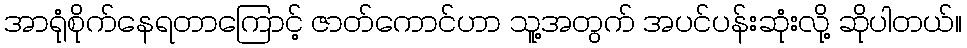
အာရုံစိုက်နေရတာကြောင့် ဇာတ်ကောင်ဟာ သူ့အတွက် အပင်ပန်းဆုံးလို့ ဆိုပါတယ်။